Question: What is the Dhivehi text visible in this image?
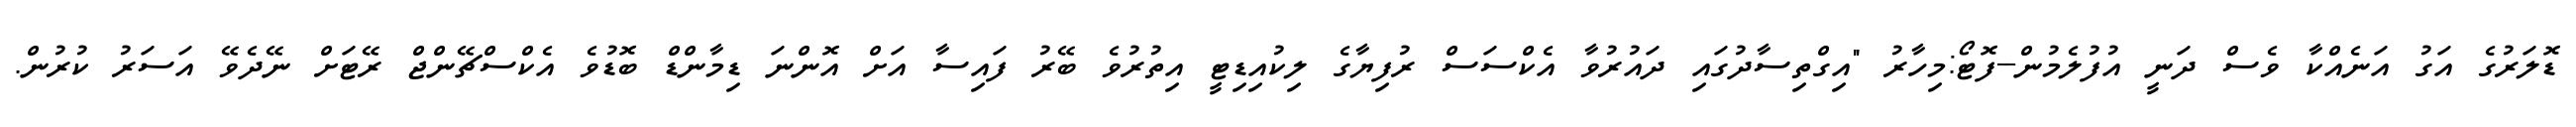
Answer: ޑޮލަރުގެ އަގު އަނެއްކާ ވެސް ދަނީ އުފުލެމުން--ފޮޓޯ:މިހާރު "އިގްތިސާދުގައި ދައުރުވާ އެކްސަސް ރުފިޔާގެ ލިކުއިޑިޓީ އިތުރުވެ ބޭރު ފައިސާ އަށް އޮންނަ ޑިމާންޑް ބޮޑުވެ އެކްސްޗޭންޖް ރޭޓަށް ނޭދެވޭ އަސަރު ކުރުން.